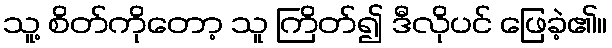
သူ့ စိတ်ကိုတော့ သူ ကြိတ်၍ ဒီလိုပင် ဖြေခဲ့၏။